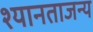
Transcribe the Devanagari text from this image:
श्यानताजन्य